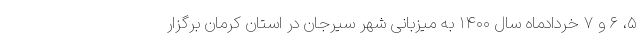
۵، ۶ و ۷ خردادماه سال ۱۴۰۰ به میزبانی شهر سیرجان در استان کرمان برگزار